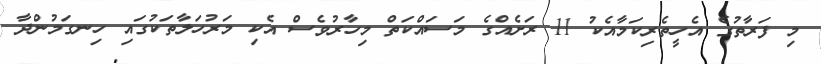
މި ފަރާތުގެ އެހީތެރިކަމާއެކު 11 ރަށެއްގެ މަސައްކަތް މިހާރުވެސް އެކި މަރުހަލާތަކުގައި ހިނގަމުންދާ